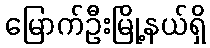
မြောက်ဦးမြို့နယ်ရှိ